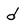
Character: d